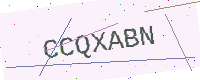
Text: CCQXABN